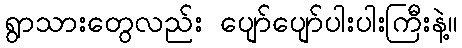
ရွာသားတွေလည်း ပျော်ပျော်ပါးပါးကြီးနဲ့။